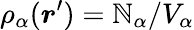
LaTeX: \rho_{\alpha}(\boldsymbol{r}^{\prime})=\mathbb{N}_{\alpha}/V_{\alpha}